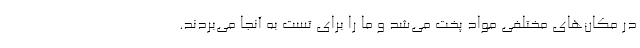
در مکان‌های مختلفی مواد پخت می‌شد و ما را برای تست به آنجا می‌بردند.